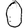
Digit: 0